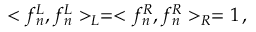
< f _ { n } ^ { L } , f _ { n } ^ { L } > _ { L } = < f _ { n } ^ { R } , f _ { n } ^ { R } > _ { R } = 1 \, ,